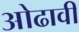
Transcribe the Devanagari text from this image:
ओढावी